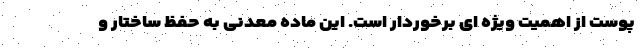
پوست از اهمیت ویژه ای برخوردار است. این ماده معدنی به حفظ ساختار و